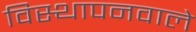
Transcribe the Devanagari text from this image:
विस्थापनवाले